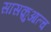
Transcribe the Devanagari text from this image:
सासक़ुआत्च